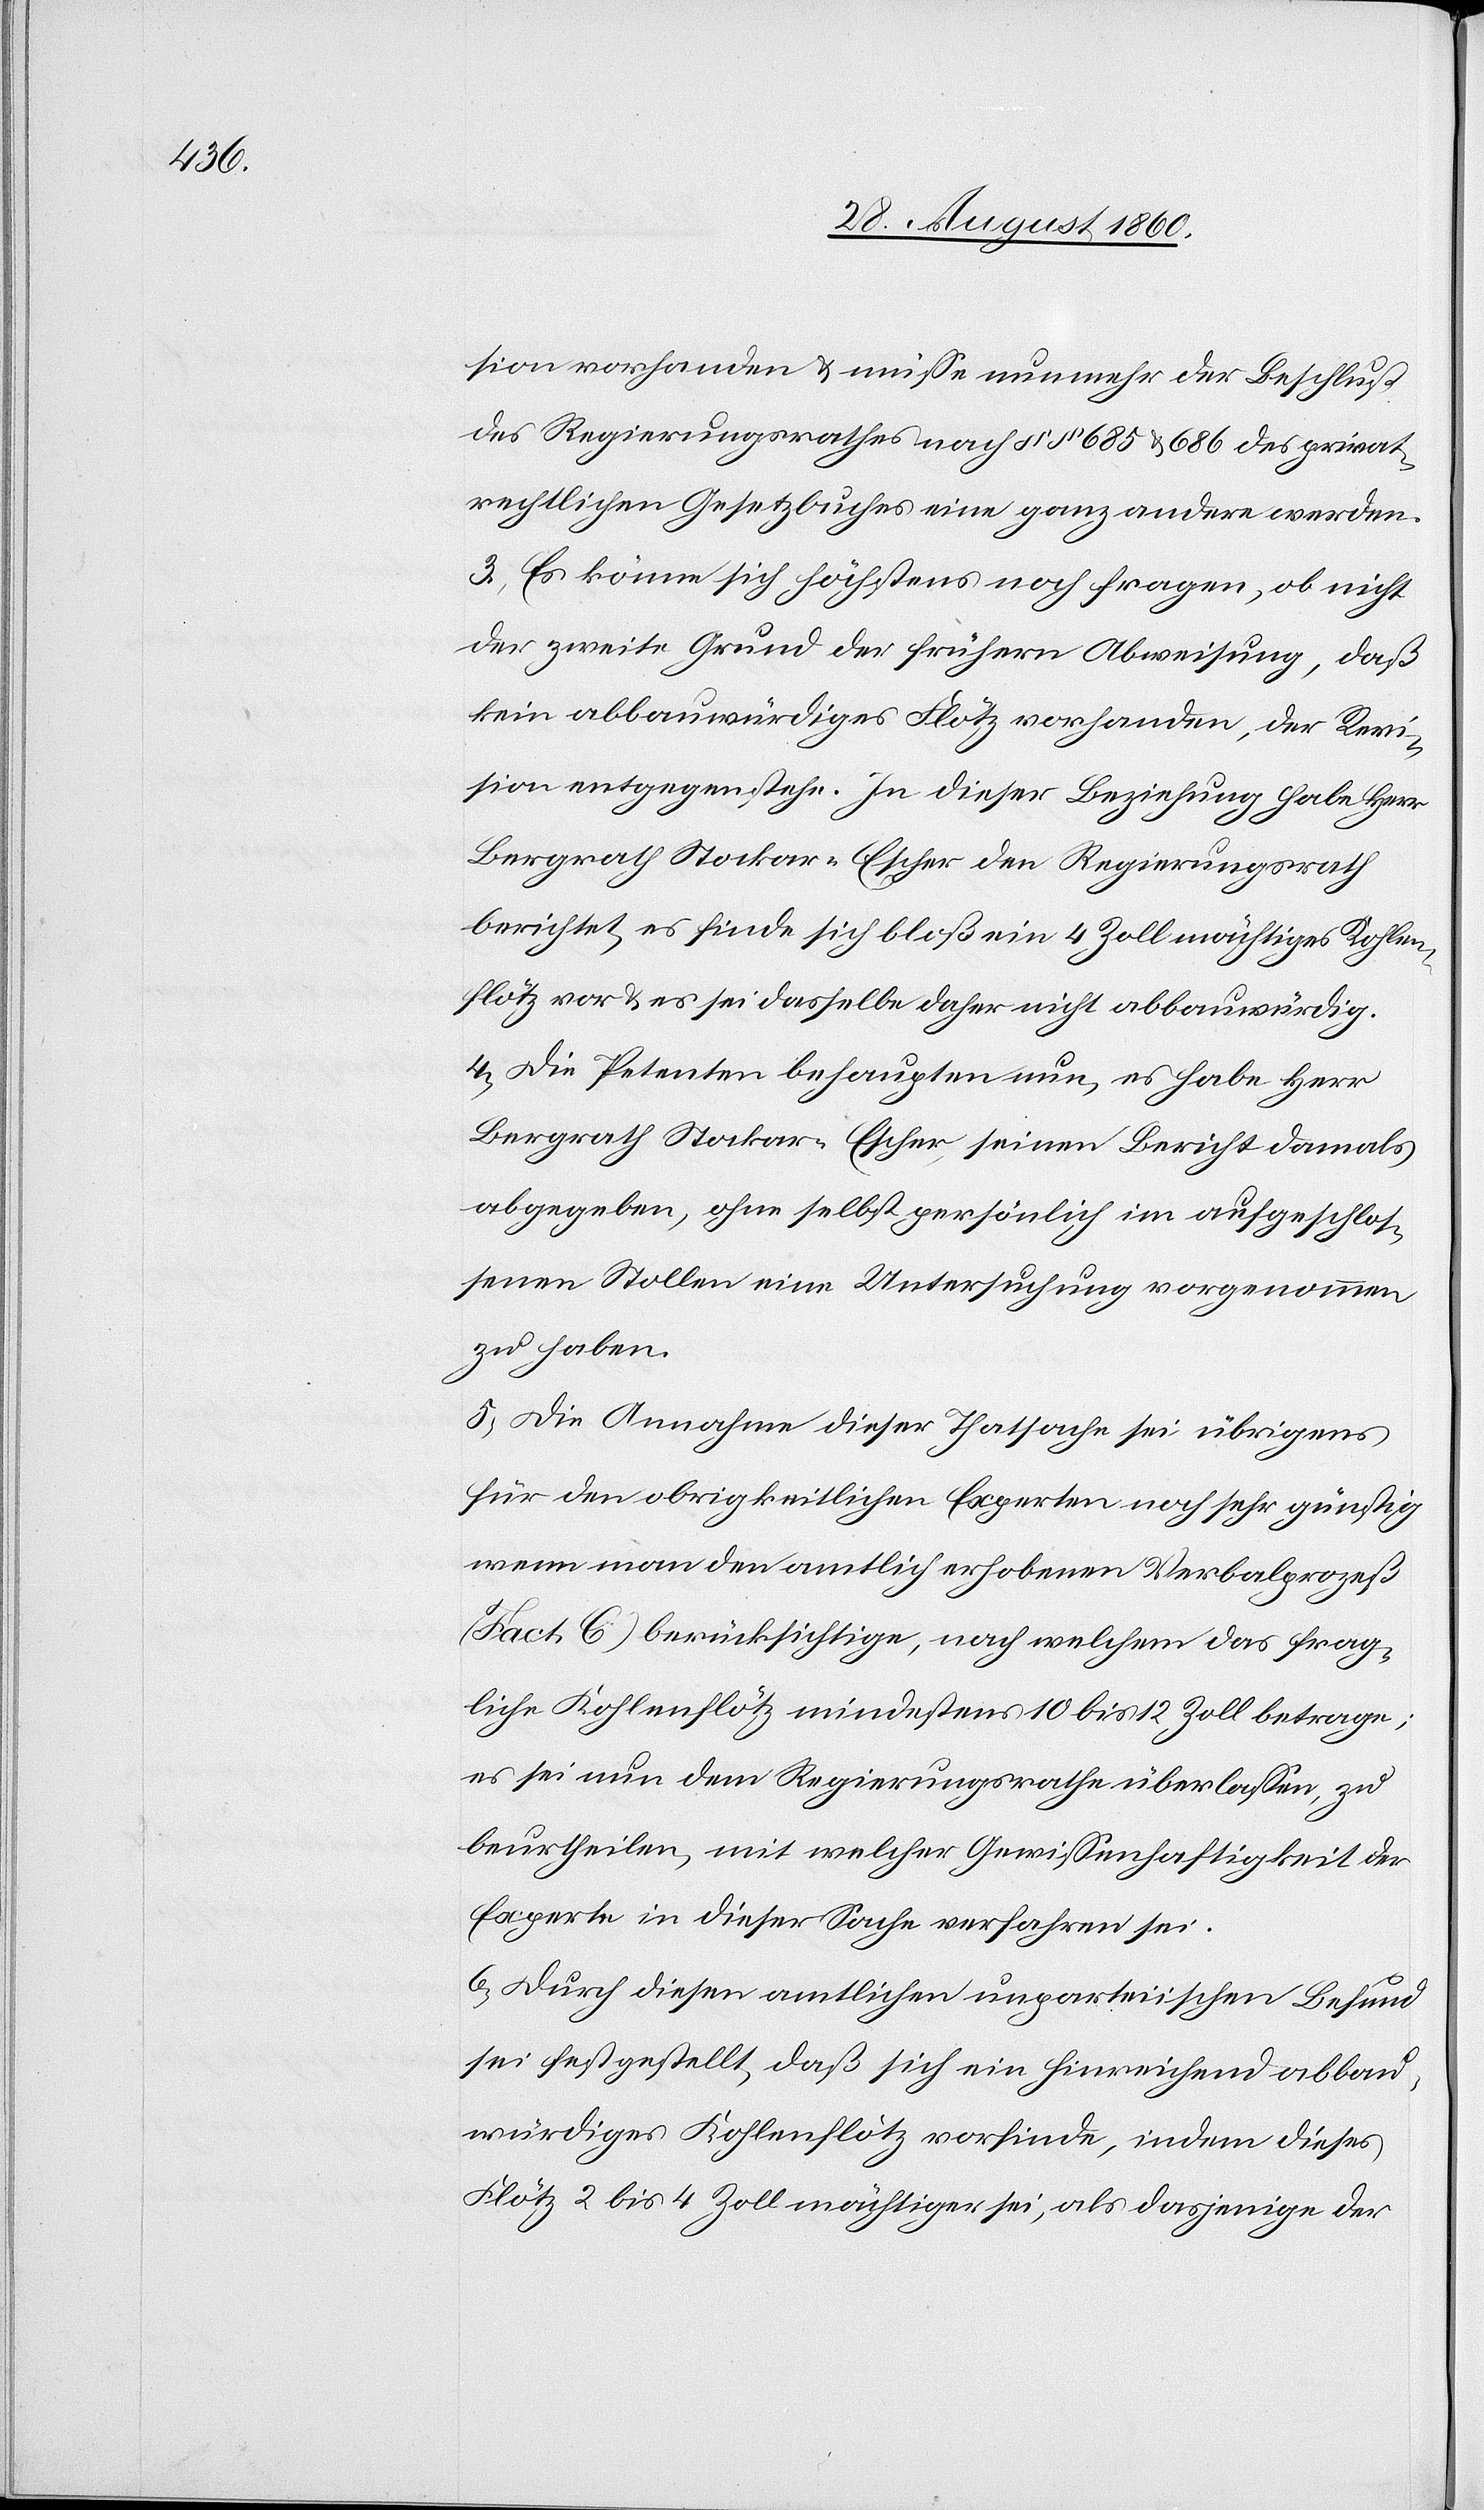
rechtl.

sion vorhanden u. müsse nunmehr der Beschluss
des Regierungsrathes nach §§. 685 u. 686 des privat¬
3) Es könne sich höchstens noch fragen, ob nicht
der zweite Grund der frühern Abweisung, dass
kein abbauwürdiges Flötz vorhanden, der Revi¬
sion entgegenstehe. In dieser Beziehung habe Hr.
Bergrath Stockar-Escher den Regierungsrath
berichtet, es finde sich blos ein 4 Zoll mächtiges Kohlen¬
flötz vor u. es sei dasselbe daher nicht abbauwürdig.
4. Die Petenten behaupten nun, es habe Hr.
Bergrath Stockar-Escher seinen Bericht damals
abgegeben, ohne selbst persönlich im aufgeschlos¬
senen Stollen eine Untersuchung vorgenommen
zu haben.
5. Die Annahme dieser Thatsache sei übrigens
für den obrigkeitlichen Experten noch sehr günstig,
wenn man den amtlich erhobenen Verbalprozess
(Fact. C) berücksichtige, nach welchem das frag¬
liche Kohlenflötz mindestens 10 bis 12 Zoll betrage;
es sei nun dem Regierungsrathe überlassen zu
beurtheilen, mit welcher Gewissenhaftigkeit der
Experte in dieser Sache verfahren sei.
6. Durch diesen amtlichen unpartheiischen Befund
sei festgestellt, dass sich ein hirneichend abbau¬
würdiges Kohlenflötz vorfinde, indem dieses
Flötz 2 bis 4 Zoll mächtiger sei als dasjenige der